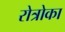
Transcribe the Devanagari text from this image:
रोत्रोका